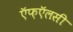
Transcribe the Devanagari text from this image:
ऍफ़ऍलसी